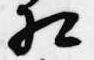
相